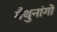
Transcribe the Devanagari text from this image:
मैथुनांगों